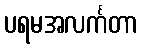
ပရမအလင်္ကတာ